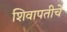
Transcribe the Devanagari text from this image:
शिवापतीचे